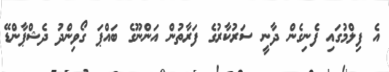
އެ ފިލްމުގައި ފެނިގެން ދާނީ ސަރުކާރުގެ ފަރާތުން އަންނޫގެ ބައްޕަ ގޯވިންދު ދެޝްޕާންޑޭ